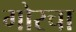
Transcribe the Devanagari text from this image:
गोरचा